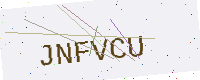
Text: JNFVCU